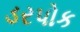
ડરપોક